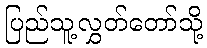
ပြည်သူ့လွှတ်တော်သို့